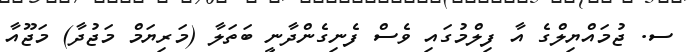
ސ. ޖުމައްޔިލްގެ އާ ފިލްމުގައި ވެސް ފެނިގެންދާނީ ބަތަލާ (މަރިޔަމް މަޖުދާ) މަޖޫއާ